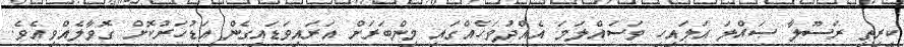
ކީރިތި ރަސޫލާ ޞައްލަ އަލައިހި ވަސައްލަމަ އެއްދުވަހެއްގައި މިންބަރަށް އަރައިވަޑައިގެން އަޑުހަރުކޮށް ގޮވާލެއްވިއެވެ.